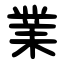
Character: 業